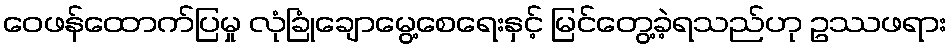
ဝေဖန်ထောက်ပြမှု လုံခြုံချောမွေ့စေရေးနှင့် မြင်တွေ့ခဲ့ရသည်ဟု ဥဿဖရား